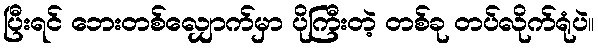
ပြီးရင် ဘေးတစ်လျှောက်မှာ ပိုကြီးတဲ့ တစ်ခု တပ်လိုက်ရုံပဲ။